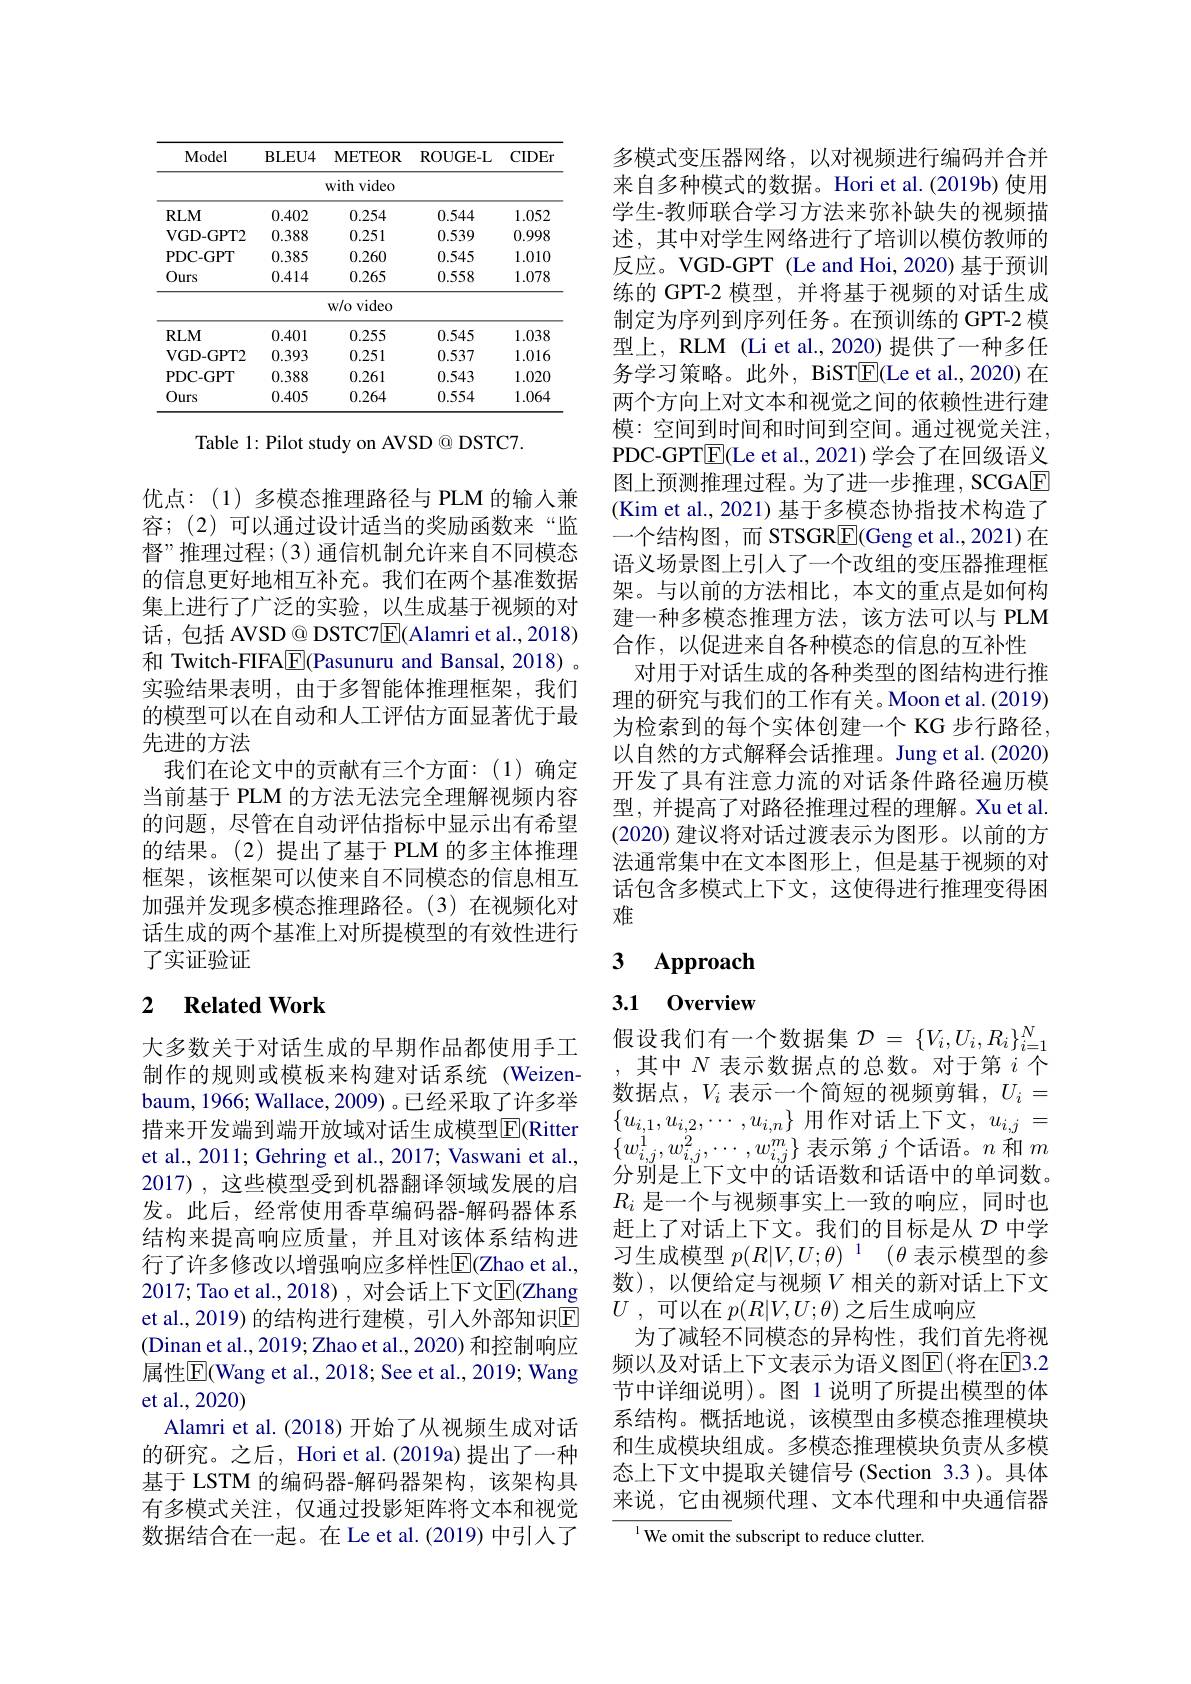
<table>
	<tbody>
		<tr>
			<th>Model</th>
			<th>$\mathbf{BLEU4}$</th>
			<th>$\mathbf{METEOR}$</th>
			<th>ROUGE- L</th>
			<th>CIDEr</th>
		</tr>
		<tr>
			<td> </td>
			<td> </td>
			<td>with video</td>
			<td> </td>
			<td> </td>
		</tr>
		<tr>
			<td>$RLM$</td>
			<td>0.402</td>
			<td>0.254</td>
			<td>0.544</td>
			<td>1.052</td>
		</tr>
		<tr>
			<td>VGD- GPT2</td>
			<td>0.388</td>
			<td>0.251</td>
			<td>0.539</td>
			<td>0.998</td>
		</tr>
		<tr>
			<td>PDC- GPT</td>
			<td>0.385</td>
			<td>0.260</td>
			<td>0.545</td>
			<td>1.010</td>
		</tr>
		<tr>
			<td>Ours</td>
			<td>0.414</td>
			<td>0.265</td>
			<td>0.558</td>
			<td>1.078</td>
		</tr>
		<tr>
			<td> </td>
			<td> </td>
			<td>w/o video</td>
			<td> </td>
			<td> </td>
		</tr>
		<tr>
			<td>$RLM$</td>
			<td>0.401</td>
			<td>0.255</td>
			<td>0.545</td>
			<td>1.038</td>
		</tr>
		<tr>
			<td>VGD- GPT2</td>
			<td>0.393</td>
			<td>0.251</td>
			<td>0.537</td>
			<td>1.016</td>
		</tr>
		<tr>
			<td>PDC- GPT</td>
			<td>0.388</td>
			<td>0.261</td>
			<td>0.543</td>
			<td>1.020</td>
		</tr>
		<tr>
			<td>Ours</td>
			<td>0.405</td>
			<td>0.264</td>
			<td>0.554</td>
			<td>1.064</td>
		</tr>
	</tbody>
</table>

Table 1: Pilot study on AVSD @ DSTC7.

优点：(1)多模态推理路径与 PLM 的输入兼容；(2)可以通过设计适当的奖励函数来“监督”推理过程；(3)通信机制允许来自不同模态的信息更好地相互补充。我们在两个基准数据集上进行了广泛的实验，以生成基于视频的对话，包括 AVSD @ DSTC7$\boxed{\mathrm{E}}($Alamri et al.,2018) 和 Twitch-FIFA$\boxed{\mathrm{F}}($Pasunuru and Bansal, 2018)。实验结果表明，由于多智能体推理框架，我们的模型可以在自动和人工评估方面显著优于最先进的方法
我们在论文中的贡献有三个方面：(1)确定当前基于 PLM 的方法无法完全理解视频内容的问题，尽管在自动评估指标中显示出有希望的结果。(2)提出了基于 PLM 的多主体推理框架，该框架可以使来自不同模态的信息相互加强并发现多模态推理路径。(3)在视频化对话生成的两个基准上对所提模型的有效性进行了实证验证

## 2 Related Work

大多数关于对话生成的早期作品都使用手工制作的规则或模板来构建对话系统(Weizen-1) baum, 1966; Wallace, 2009) 。已经采取了许多举措来开发端到端开放域对话生成模型$\overline{\mathrm{E}}($Ritter et al., 2011; Gehring et al., 2017; Vaswani et al., 2017),这些模型受到机器翻译领域发展的启发。此后，经常使用香草编码器-解码器体系结构来提高响应质量，并且对该体系结构进行了许多修改以增强响应多样性$\overline{\mathrm{E}}($Zhao et al., 2017; Tao et al., 2018) , 对会话上下文$\overline{\mathrm{E}}($Zhang et al.,2019) 的结构进行建模，引人外部知识$\overline{\mathrm{E}}$ (Dinan et al., 2019; Zhao et al., 2020) 和控制响应属性$\overline{\mathrm{E}}$(Wang et al., 2018; See et al., 2019; Wang et al.,2020)
Alamri et al.(2018)开始了从视频生成对话的研究。之后，Hori et al.(2019a) 提出了一种基于 LSTM 的编码器-解码器架构，该架构具有多模式关注，仅通过投影矩阵将文本和视觉数据结合在一起。在 Le et al.(2019) 中引人了

多模式变压器网络，以对视频进行编码并合并来自多种模式的数据。Hori et al.(2019b) 使用学生-教师联合学习方法来弥补缺失的视频描述，其中对学生网络进行了培训以模仿教师的反应。VGD-GPT (Le and Hoi, 2020) 基于预训练的 GPT-2 模型，并将基于视频的对话生成制定为序列到序列任务。在预训练的 GPT-2 模型上，RLM (Li et al., 2020) 提供了一种多任务学习策略。此外，BiST$\boxed{\mathrm{F}}($Le et al., 2020) 在两个方向上对文本和视觉之间的依赖性进行建模：空间到时间和时间到空间。通过视觉关注， PDC-GPT$\boxed{\mathrm{E}}($Le et al., 2021) 学会了在回级语义图上预测推理过程。为了进一步推理，SCGAE (Kim et al., 2021) 基于多模态协指技术构造了一个结构图，而 STSGRE(Geng et al.,2021)在语义场景图上引入了一个改组的变压器推理框架。与以前的方法相比，本文的重点是如何构建一种多模态推理方法，该方法可以与 PLM 合作，以促进来自各种模态的信息的互补性
对用于对话生成的各种类型的图结构进行推理的研究与我们的工作有关。Moon et al.(2019) 为检索到的每个实体创建一个 KG 步行路径， 以自然的方式解释会话推理。Jung et al.(2020) 开发了具有注意力流的对话条件路径遍历模型，并提高了对路径推理过程的理解。Xu et al. (2020) 建议将对话过渡表示为图形。以前的方法通常集中在文本图形上，但是基于视频的对话包含多模式上下文，这使得进行推理变得困难

# 3 Approach

## 3.1 0verview

假设我们有一个数据集$\mathcal{D}=\{V_i,U_i,R_i\}_{i=1}^N$

其中$N$表示数据点的总数。对于第$i$个数据点，$V_i$表示一个简短的视频剪辑，$U_i=$ $\{u_{i,1},u_{i,2},\cdots,u_{i,n}\}$用作对话上下文$,u_i,j=$ $\{w_{i,j}^{1},w_{i,j}^{2},\cdots,w_{i,j}^{m}\}$表示第$j$个话语。$n$和$m$ 分别是上下文中的话语数和话语中的单词数。$R_i$是一个与视频事实上一致的响应，同时也赶上了对话上下文。我们的目标是从$\mathcal{D}$中学习生成模型$p( R| V, U; \theta ) ^1$ $( \theta$表示模型的参数),以便给定与视频$V$ 相关的新对话上下文$U$ , 可以在 $p(R|V,U;\theta)$ 之后生成响应
为了减轻不同模态的异构性，我们首先将视频以及对话上下文表示为语义图$\overline{\mathrm{E}}($将在$\overline{\mathrm{E}}3.2$ 节中详细说明)。图 1 说明了所提出模型的体系结构。概括地说，该模型由多模态推理模块和生成模块组成。多模态推理模块负责从多模态上下文中提取关键信号(Section 3.3)。具体来说，它由视频代理、文本代理和中央通信器

${\overline{{^{1}}\text{We omit the}}}$ subscript to reduce clutter.